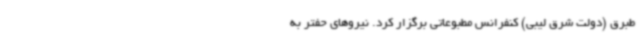
طبرق (دولت شرق لیبی) کنفرانس مطبوعاتی برگزار کرد. نیروهای حفتر به